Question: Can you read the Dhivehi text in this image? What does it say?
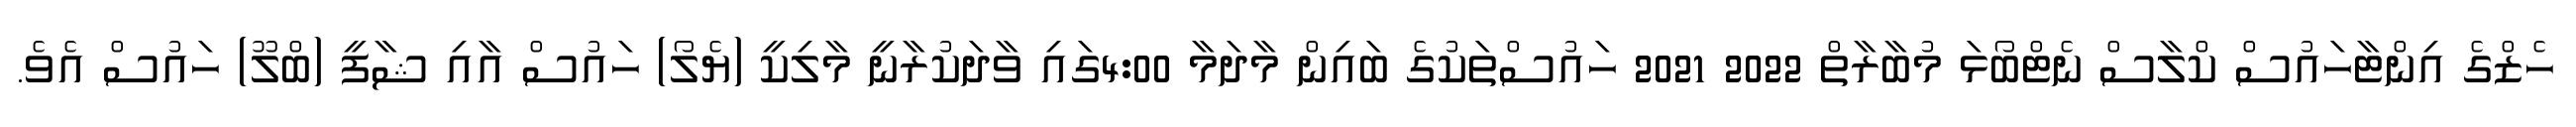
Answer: ހެޒްގެ އިންޓާހައުސް ކްލާސް ނެޓްބޯޅަ މުބާރާތް 2022 2021 ހައުސްތަކުގެ ބައިން މާދަމާ 4:00ގައި ވާދަކުރާނީ މާލިކީ (ޔެލޯ) ހައުސް އާއި ޝާފީ (ބްލޫ) ހައުސް އެވެ.